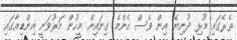
ތެރޭގައި މުޅި ދުނިޔެ އިން ވެސް އެންމެ ގިނައިން މީހުން މަރުވަނީ އިންޑިއާގައި